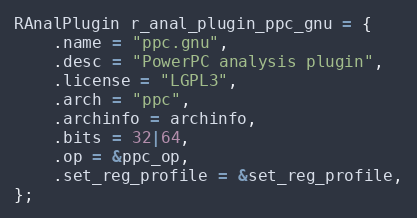
Language: C
RAnalPlugin r_anal_plugin_ppc_gnu = {
	.name = "ppc.gnu",
	.desc = "PowerPC analysis plugin",
	.license = "LGPL3",
	.arch = "ppc",
	.archinfo = archinfo,
	.bits = 32|64,
	.op = &ppc_op,
	.set_reg_profile = &set_reg_profile,
};